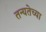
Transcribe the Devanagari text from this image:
तन्यतेच्या